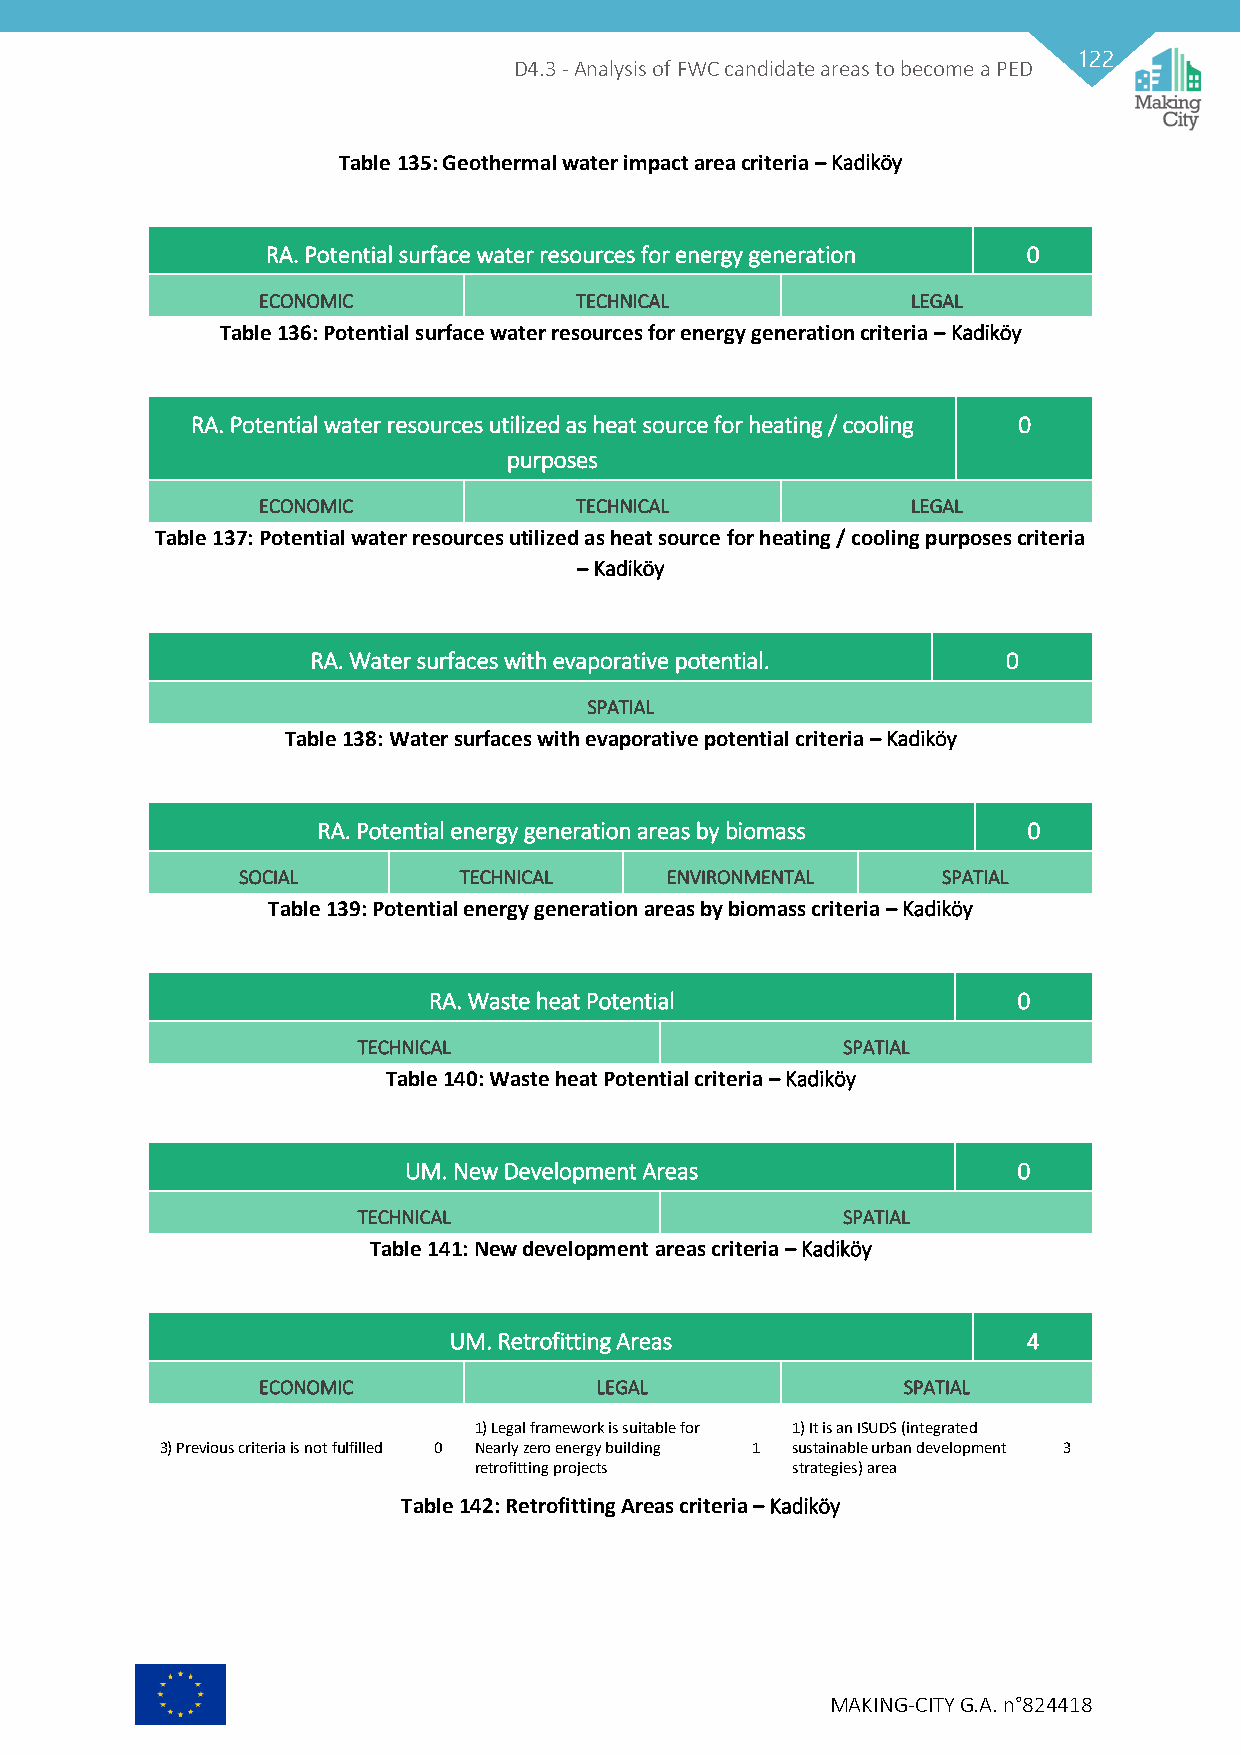
122
 D4.3 - Analysis of FWC candidate areas to become a PED
 Table 135: Geothermal water impact area criteria – Kadiköy
 RA. Potential surface water resources for energy generation 0
 ECONOMIC             TECHNICAL             LEGAL
 Table 136: Potential surface water resources for energy generation criteria – Kadiköy
 RA. Potential water resources utilized as heat source for heating / cooling 0
 purposes
 ECONOMIC             TECHNICAL             LEGAL
 Table 137: Potential water resources utilized as heat source for heating / cooling purposes criteria
 – Kadiköy
 RA. Water surfaces with evaporative potential. 0
 SPATIAL
 Table 138: Water surfaces with evaporative potential criteria – Kadiköy
 RA. Potential energy generation areas by biomass 0
 SOCIAL        TECHNICAL     ENVIRONMENTAL     SPATIAL
 Table 139: Potential energy generation areas by biomass criteria – Kadiköy
 RA. Waste heat Potential               0
 TECHNICAL                       SPATIAL
 Table 140: Waste heat Potential criteria – Kadiköy
 UM. New Development Areas               0
 TECHNICAL                       SPATIAL
 Table 141: New development areas criteria – Kadiköy
 UM. Retrofitting Areas                4
 ECONOMIC              LEGAL                SPATIAL
 1) Legal framework is suitable for 1) It is an ISUDS (integrated
 3) Previous criteria is not fulfilled 0 Nearly zero energy building 1 sustainable urban development 3
 retrofitting projects strategies) area
 Table 142: Retrofitting Areas criteria – Kadiköy
 MAKING-CITY G.A. n°824418